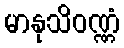
မာနုသိဝဏ္ဏံ